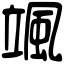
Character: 颯